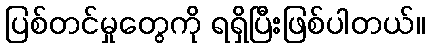
ပြစ်တင်မှုတွေကို ရရှိပြီးဖြစ်ပါတယ်။